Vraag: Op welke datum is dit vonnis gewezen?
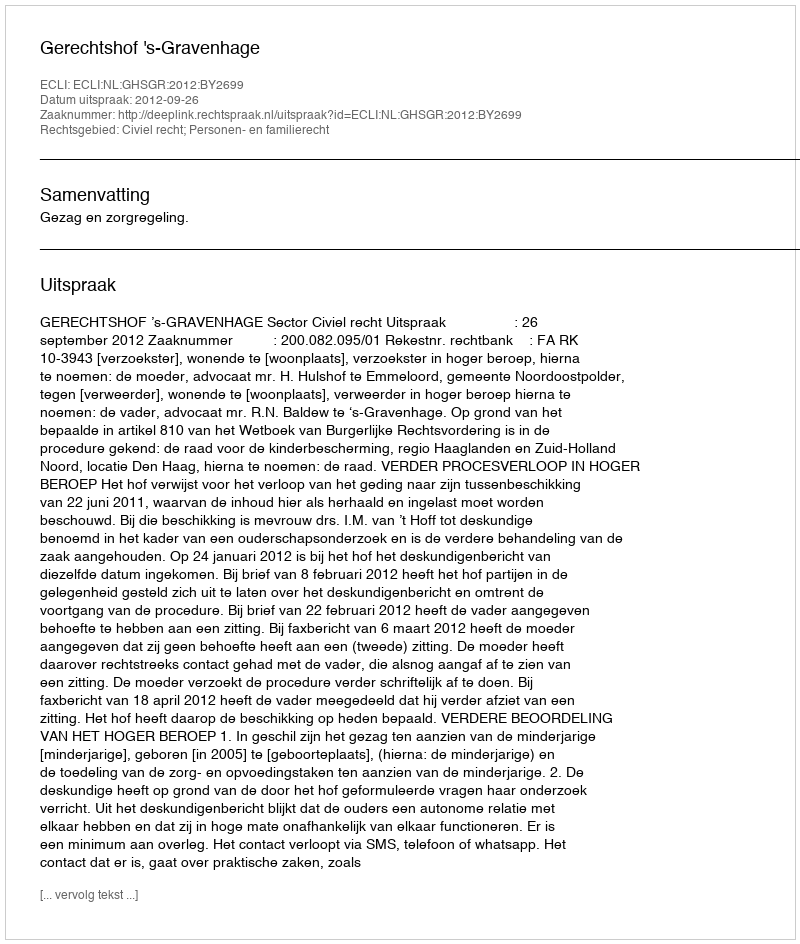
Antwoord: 2012-09-26